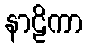
နာဠိကာ